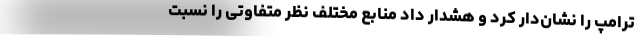
ترامپ را نشان‌دار کرد و هشدار داد منابع مختلف نظر متفاوتی را نسبت